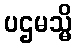
ပဌမသ္မိ